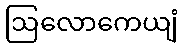
ဩလောကေယျံ